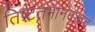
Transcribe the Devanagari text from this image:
तिष्टंतमानंदकंदं